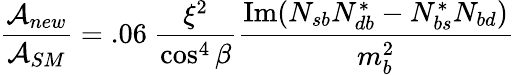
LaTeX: {\frac{{\cal A}_{new}}{{\cal A}_{SM}}}=.06\ {\frac{\xi^{2}}{\cos^{4}\beta}}{\frac{\mathrm{Im}(N_{sb}N_{db}^{*}-N_{bs}^{*}N_{bd})}{m_{b}^{2}}}